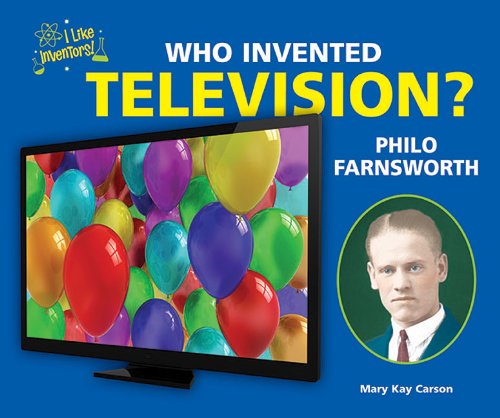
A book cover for Who Invented Television? Philo Farnsworth (I Like Inventors!); Mary Kay Carson; Children's Books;